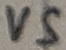
Text: VS